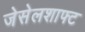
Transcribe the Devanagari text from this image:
जेसेलशाफ्ट